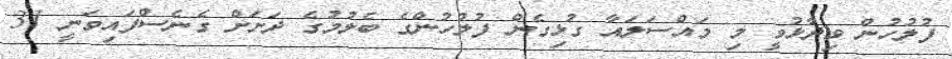
ފުލުހުން ވިދާޅުވީ މި މައްސަލައާ ގުޅިގެން ފުލުހުންގެ ބެލުމުގެ ދަށަށް ގެނެސްފައިވަނީ 31